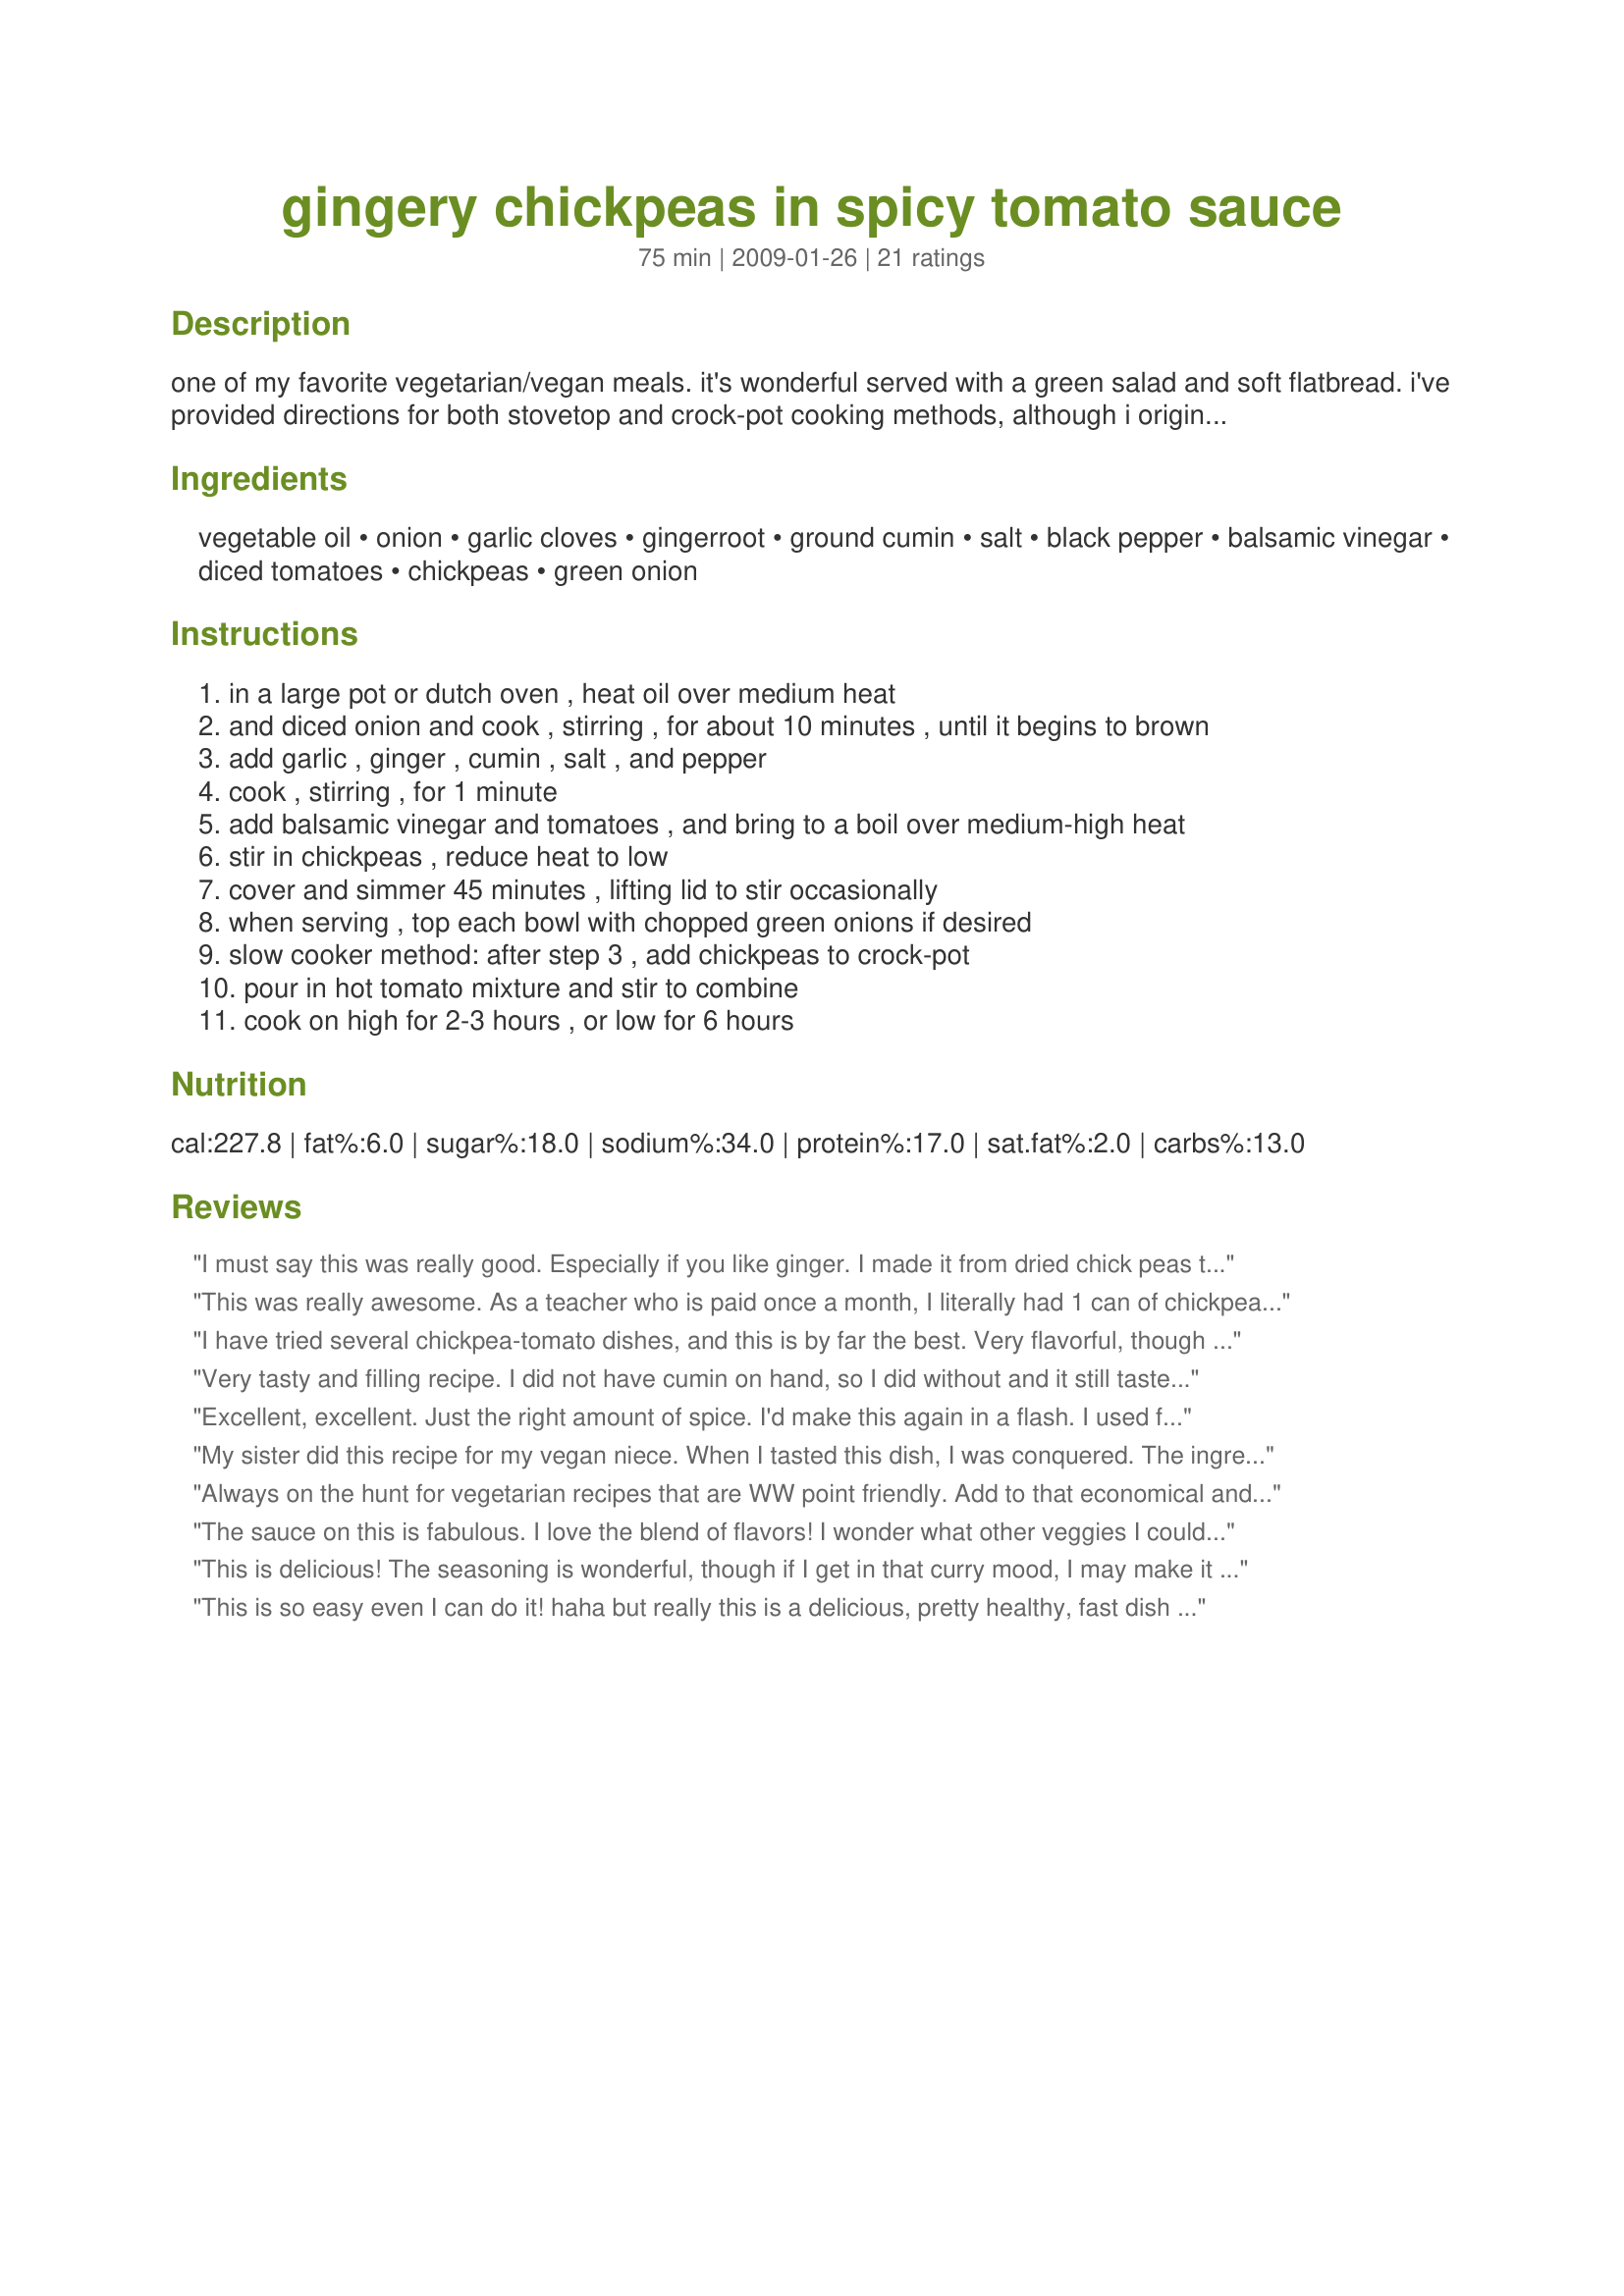
gingery chickpeas in spicy tomato sauce
Preparation time: 75 minutes

one of my favorite vegetarian/vegan meals. it's wonderful served with a green salad and soft flatbread. i've provided directions for both stovetop and crock-pot cooking methods, although i originally found the recipe in judith finlayson's 150 best slow cooker recipes.

Ingredients:
vegetable oil, onion, garlic cloves, gingerroot, ground cumin, salt, black pepper, balsamic vinegar, diced tomatoes, chickpeas, green onion

Steps:
in a large pot or dutch oven , heat oil over medium heat
and diced onion and cook , stirring , for about 10 minutes , until it begins to brown
add garlic , ginger , cumin , salt , and pepper
cook , stirring , for 1 minute
add balsamic vinegar and tomatoes , and bring to a boil over medium-high heat
stir in chickpeas , reduce heat to low
cover and simmer 45 minutes , lifting lid to stir occasionally
when serving , top each bowl with chopped green onions if desired
slow cooker method: after step 3 , add chickpeas to crock-pot
pour in hot tomato mixture and stir to combine
cook on high for 2-3 hours , or low for 6 hours

Reviews:
I must say this was really good. Especially if you like ginger. I made it from dried chick peas that I cooked than used part of them for this recipe. Did not alter anything. This is keeper.
This was really awesome. As a teacher who is paid once a month, I literally had 1 can of chickpeas and a can of tomatoes. I had to use dried onions and powered ginger. I added some peas to offset the 1can of chickpeas. I’ll be making this often. Can’t wait for my daughter to try it when she gets off work. I made rice to put it over Thanks!
I have tried several chickpea-tomato dishes, and this is by far the best. Very flavorful, though I added about a 1/2 tsp of chili paste for some extra heat. Next time I think I'll try adding a can of coconut milk, as well. We eat vegetarian and vegan as much as we can, and this is a quick, easy, and cheap meal. It worked great in the slow cooker.
Very tasty and filling recipe. I did not have cumin on hand, so I did without and it still tasted delicious. I will have to try it with cumin next time because that is one of my favorite spices.
Excellent, excellent. Just the right amount of spice. I'd make this again in a flash. I used fresh ginger, maybe a little more than the recipe called for. Very easy to make too.
My sister did this recipe for my vegan niece. When I tasted this dish, I was conquered. The ingredients blend well together... not too much of this or that. Love it as is, but could follow some of the other add-ons mentioned in the reviews, so as, to make it spicier, even though I'm careful when it comes to hot spices. So... as is, is definitely to my taste.
Always on the hunt for vegetarian recipes that are WW point friendly. Add to that economical and great tasting and this recipe scores all around. The flavors are wonderful with a nice hit of ginger that creates a peppery warmth without being hot. I found that I needed a little more liquid after cooking for 30 minutes and added 1/2 cup of fat free broth. Served it on top of cauliflower which next time I would cook right in the dish so that it would absorb some of the taste of the dish. Thanks! Made for the Went to the Market Tag Game.
The sauce on this is fabulous. I love the blend of flavors! I wonder what other veggies I could add in.... thanks for sharing!
This is delicious! The seasoning is wonderful, though if I get in that curry mood, I may make it with a bit of curry powder as well. The green onions at the end are a superb touch, too, adding a little touch of freshness to the dish.
This is so easy even I can do it! haha but really this is a delicious, pretty healthy, fast dish to make. I love it.
For the days when I want to eat meatless, this is a STAPLE. I've been making it for about a year. I make this on the stovetop exactly as written, except I add some bell peppers and mushrooms with the onion, add sriacha (hot sauce) or red pepper flakes for heat - and serve with brown rice and grated Parmesan on top. Really tasty, super healthy meal! Thanks for sharing!
We aren't vegetarians but i'm looking for new veggie recipes to use once a week. This was really great and I will definitely make again. Even my husband (who is not always a fan of non-meat dishes) loved it. Made it with Recipe #28113 and this took it through the roof flavor-wise! They really do compliment each other perfectly! Next time I may try adding cauliflower as other reviewers have suggested. Thanks!
i'm eating this right now and it's great! the seasoning is perfect. i used dried chickpeas and skimped on the soaking time a bit, so they aren't quite soft enough. can't blame that on the recipe!
Yum, Yumm, Yummy! I added extra ginger because I like it and used fire roasted tomatoes. Thank you for sharing - it's a mandatory meal around here!
Perfection plus here. As others have mentioned a great sauce for the special little chickpea, so how could you go wrong? I followed this exactly and served this on top of fresh thick sliced tomatoes. Yum! The chickpeas had the perfect pop for the tomato and the sauce! Well....just excellent. I had dried chickpeas that I made the day prior of using. I used fresh green pepper and jalapeno peppers (chopped) for the topping. Made for Everyday is a Holiday! May 2009
Delicious... made it exact except for using ground ginger about 1 tablespoon - and it was wonderful - every one like it and ate it up :) we served it with warmed pitas... i will make it again!
I enjoyed this a lot. Love the fact that it was really quick and easy, prefect for a hectic Monday. I messed up and added too much balsamic vinegar and forgot the garlic but it was still tasty. <br/><br/>This is probably going to be a regular in my rotation of meals, especially when I am really busy and want something tasty and light.
I knew I was going to love this just by the fragrant smell coming from the pot as it simmered. This is a delicious, filling meatless dish. I made this just as written using the stovetop method. If you don't have green onions for garnish, I think fresh cilantro would be a great substitute. Thanx for sharing this healthy, inexpensive recipe!
This is the only recipe that makes chickpeas yummy. I made a couple of additions. I used leftover tomato sauce instead of diced tomatoes. I also added chopped celery which gave it a great contrast to the chickpeas. To make it thicker, I mixed in leftover rice. The hardest part was waiting for it to finish simmering. This smells and tastes SO GOOD!
Very good and easy! I added cauliflower, it would also go well with potatoes. If you are used to spicy foods, this is not spicy. I think next time I'll add curry powder or cayenne to spice it up.
What a lovely dish! Easy, healthy, fragrant and delicious! I followed the recipe exactly, right down to serving with a salad and some naan. Just super!
